Indian journal of veterinary science and animal husbandry - Volume 3,
Year: 1933
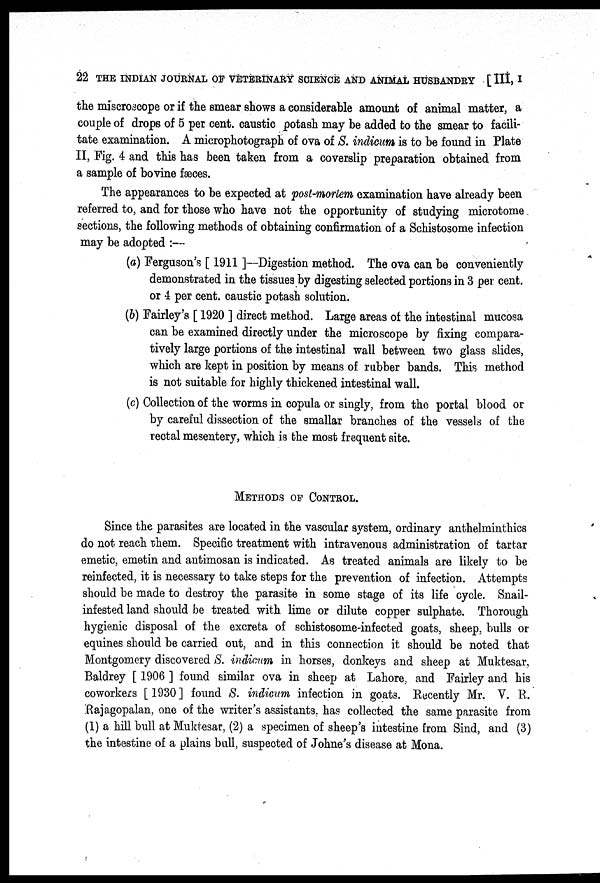
22 THE INDIAN JOURNAL OF VETERINARY SCIENCE AND ANIMAL HUSBANDRY [ III, I
the miscroscope or if the smear shows a considerable amount of animal matter, a
couple of drops of 5 per cent. caustic potash may be added to the smear to facili-
tate examination. A microphotograph of ova of S. indicum is to be found in Plate
II, Fig. 4 and this has been taken from a coverslip preparation obtained from
a sample of bovine fæces.
The appearances to be expected at post-mortem examination have already been
referred to, and for those who have not the opportunity of studying microtome
sections, the following methods of obtaining confirmation of a Schistosome infection
may be adopted :—
(a) Ferguson's [1911 ]—Digestion method. The ova can be conveniently
demonstrated in the tissues by digesting selected portions in 3 per cent.
or 4 per cent. caustic potash solution.
(b) Fairley's [ 1920 ] direct method. Large areas of the intestinal mucosa
can be examined directly under the microscope by fixing compara-
tively large portions of the intestinal wall between two glass slides,
which are kept in position by means of rubber bands. This method
is not suitable for highly thickened intestinal wall.
(c) Collection of the worms in copula or singly, from the portal blood or
by careful dissection of the smallar branches of the vessels of the
rectal mesentery, which is the most frequent site.
METHODS OF CONTROL.
Since the parasites are located in the vascular system, ordinary anthelminthics
do not reach them. Specific treatment with intravenous administration of tartar
emetic, emetin and antimosan is indicated. As treated animals are likely to be
reinfected, it is necessary to take steps for the prevention of infection. Attempts
should be made to destroy the parasite in some stage of its life cycle. Snail-
infested land should be treated with lime or dilute copper sulphate. Thorough
hygienic disposal of the excreta of schistosome-infected goats, sheep, bulls or
equines should be carried out, and in this connection it should be noted that
Montgomery discovered S. indicum in horses, donkeys and sheep at Muktesar,
Baldrey [ 1906 ] found similar ova in sheep at Lahore, and Fairley and his
coworkers [1930] found S. indicum infection in goats. Recently Mr. V. R.
Rajagopalan, one of the writer's assistants, has collected the same parasite from
(1) a hill bull at Muktesar, (2) a specimen of sheep's intestine from Sind, and (3)
the intestine of a plains bull, suspected of Johne's disease at Mona.